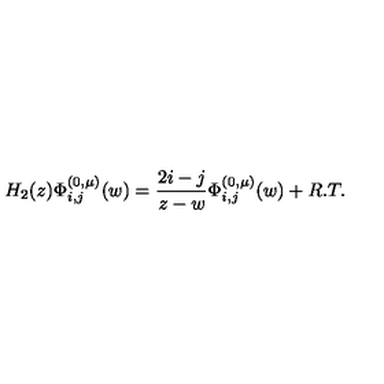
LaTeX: H _ { 2 } ( z ) \Phi _ { i , j } ^ { ( 0 , \mu ) } ( w ) = \frac { 2 i - j } { z - w } \Phi _ { i , j } ^ { ( 0 , \mu ) } ( w ) + R . T .